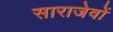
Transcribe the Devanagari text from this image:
साराजेवों